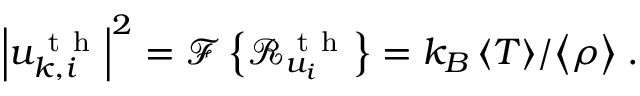
{ { \left| u _ { k , i } ^ { \mathrm { ~ t ~ h ~ } } \right| } ^ { 2 } } = \mathcal { F } \left\{ \mathcal { R } _ { { { u } _ { i } } } ^ { \mathrm { ~ t ~ h ~ } } \right\} = { { { k } _ { B } } \left\langle T \right\rangle } / { \left\langle \rho \right\rangle } \; .